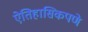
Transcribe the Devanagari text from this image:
ऐतिहासिकपणे